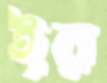
ইর